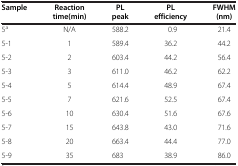
<table><thead><tr><td><b>Sample</b></td><td><b>Reaction time(min)</b></td><td><b>PL peak</b></td><td><b>PL efficiency</b></td><td><b>FWHM (nm)</b></td></tr></thead><tbody><tr><td>5<sup>a</sup></td><td>N/A</td><td>588.2</td><td>0.9</td><td>21.4</td></tr><tr><td>5-1</td><td>1</td><td>589.4</td><td>36.2</td><td>44.2</td></tr><tr><td>5-2</td><td>2</td><td>603.4</td><td>44.2</td><td>56.4</td></tr><tr><td>5-3</td><td>3</td><td>611.0</td><td>46.2</td><td>62.2</td></tr><tr><td>5-4</td><td>5</td><td>614.4</td><td>48.9</td><td>67.4</td></tr><tr><td>5-5</td><td>7</td><td>621.6</td><td>52.5</td><td>67.4</td></tr><tr><td>5-6</td><td>10</td><td>630.4</td><td>51.6</td><td>67.6</td></tr><tr><td>5-7</td><td>15</td><td>643.8</td><td>43.0</td><td>71.6</td></tr><tr><td>5-8</td><td>20</td><td>663.4</td><td>44.4</td><td>77.0</td></tr><tr><td>5-9</td><td>35</td><td>683</td><td>38.9</td><td>86.0</td></tr></tbody></table>